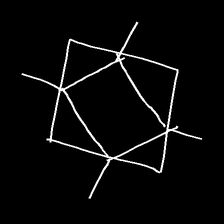
Glyph: light